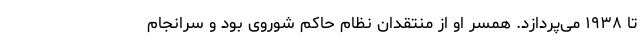
تا ۱۹۳۸ می‌پردازد. همسر او از منتقدان نظام حاکم شوروی بود و سرانجام